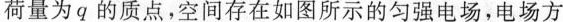
荷量为q的质点，空间存在如图所示的匀强电场，电场方